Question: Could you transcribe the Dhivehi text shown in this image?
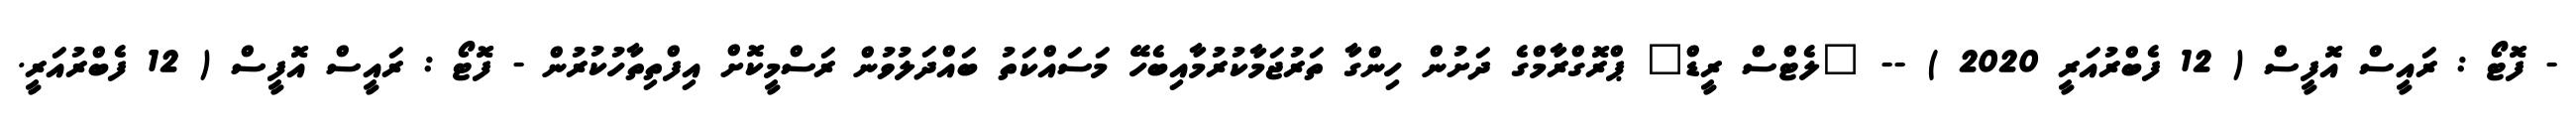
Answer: - ފޮޓޯ : ރައީސް އޮފީސް ( 12 ފެބްރުއަރީ 2020 ) -- "ލެޓްސް ރީޑް" ޕްރޮގްރާމްގެ ދަށުން ހިންގާ ތަރުޖަމާކުރުމާއިބެހޭ މަސައްކަތު ބައްދަލުވުން ރަސްމީކޮށް އިފްތިތާހުކުރުން - ފޮޓޯ : ރައީސް އޮފީސް ( 12 ފެބްރުއަރީ.